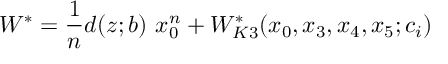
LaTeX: W ^ { \ast } = \frac { 1 } { n } d ( z ; b ) ~ x _ { 0 } ^ { n } + W _ { K 3 } ^ { \ast } ( x _ { 0 } , x _ { 3 } , x _ { 4 } , x _ { 5 } ; c _ { i } )